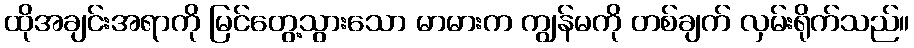
ထိုအချင်းအရာကို မြင်တွေ့သွားသော မာမားက ကျွန်မကို တစ်ချက် လှမ်းရိုက်သည်။